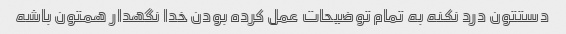
دستتون درد نکنه به تمام توضیحات عمل کرده بودن خدا نگهدار همتون باشه